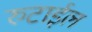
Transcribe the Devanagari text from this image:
रुटाईल